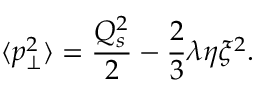
\langle p _ { \bot } ^ { 2 } \rangle = \frac { Q _ { s } ^ { 2 } } { 2 } - \frac { 2 } { 3 } \lambda \eta \xi ^ { 2 } .